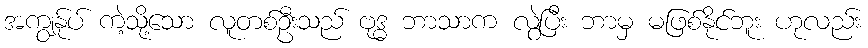
အကျွန်ုပ် ကဲ့သို့သော လူတစ်ဦးသည် ဗုဒ္ဓ ဘာသာက လွဲပြီး ဘာမှ မဖြစ်နိုင်ဘူး ဟုလည်း